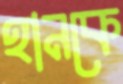
হানকে